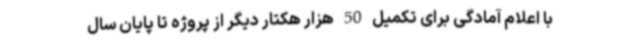
با اعلام آمادگی برای تکمیل 50 هزار هکتار دیگر از پروژه تا پایان سال